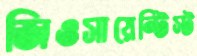
জিওসায়েন্টিস্ট